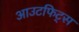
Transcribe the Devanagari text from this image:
आउटफिट्स